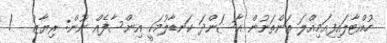
ހުއްޓާލައިފިއަމިއްލަ ތަންތަނުން އާސަންދަ ކަނޑާލުމަކީ އިންސާފެއް ނޫން: ރިޔާޒު   !